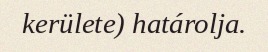
kerülete) határolja.